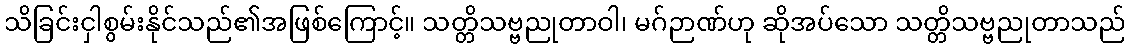
သိခြင်းငှါစွမ်းနိုင်သည်၏အဖြစ်ကြောင့်။ သတ္တိသဗ္ဗညုတာဝါ၊ မဂ်ဉာဏ်ဟု ဆိုအပ်သော သတ္တိသဗ္ဗညုတာသည်